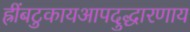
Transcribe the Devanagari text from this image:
ह्रींबटुकायआपदुद्धारणाय